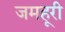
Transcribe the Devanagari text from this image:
जमहूरी